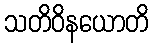
သတိဝိနယောတိ